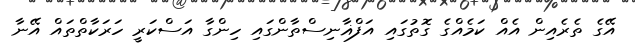
އޭގެ ތެރެއިން އެއް ކަމެއްގެ ގޮތުގައި އަފްޣާނިސްތާންގައި ހިންގާ އަސްކަރީ ހަރަކާތްތައް އޭނާ